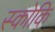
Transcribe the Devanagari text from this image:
स्कोकि